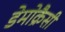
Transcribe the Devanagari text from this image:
डेमोक्रैसी